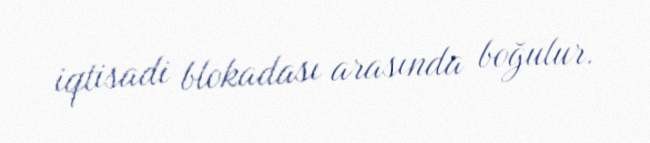
iqtisadi blokadası arasında boğulur.